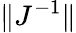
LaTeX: \| J^{-1}\|